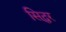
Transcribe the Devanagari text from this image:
सिद्धर